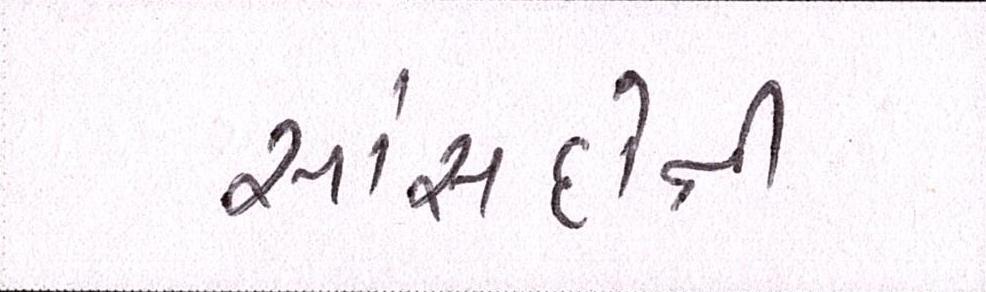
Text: સાંસદોની